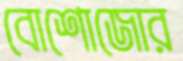
বোশোজোর